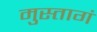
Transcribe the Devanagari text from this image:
मुस्तागं